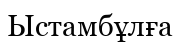
Ыстамбұлға